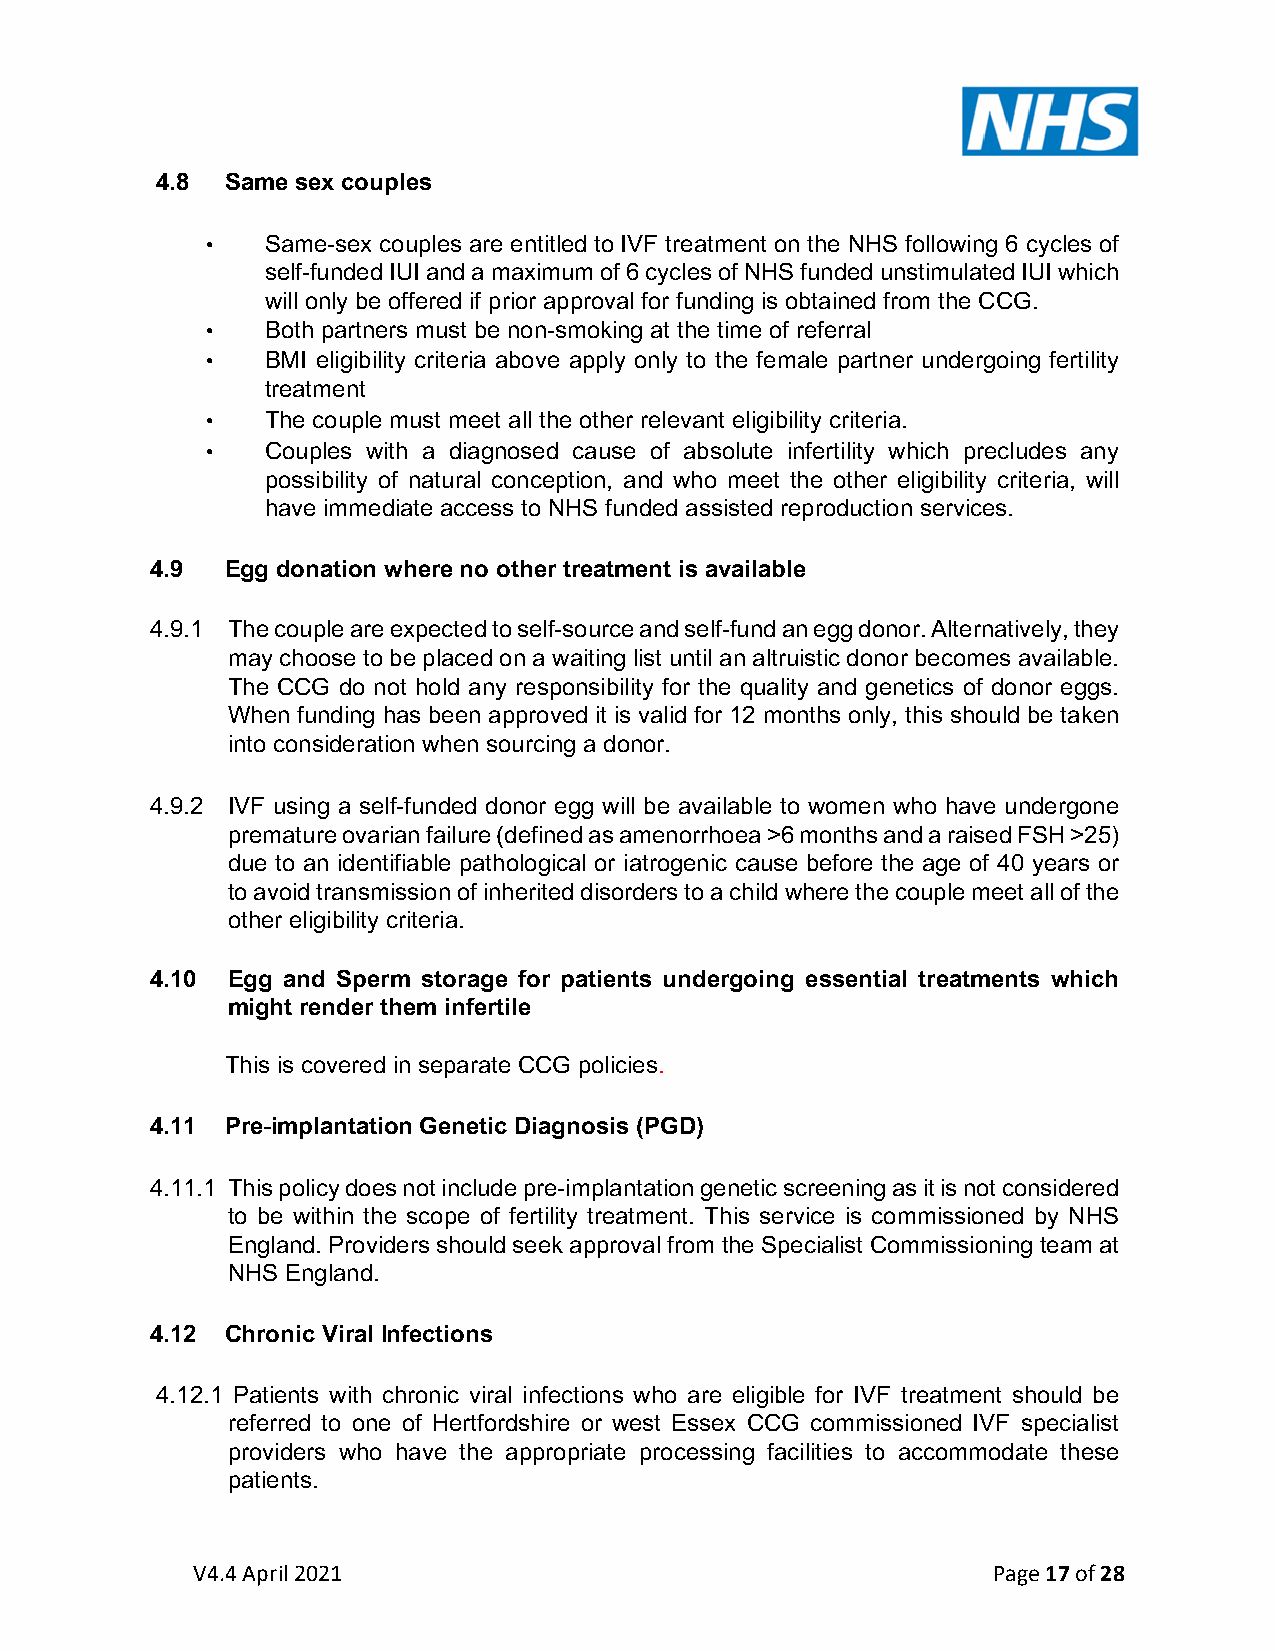
4.8  Same sex couples
 •   Same-sex couples are entitled to IVF treatment on the NHS following 6 cycles of
 self-funded IUI and a maximum of 6 cycles of NHS funded unstimulated IUI which
 will only be offered if prior approval for funding is obtained from the CCG.
 •   Both partners must be non-smoking at the time of referral
 •   BMI eligibility criteria above apply only to the female partner undergoing fertility
 treatment
 •   The couple must meet all the other relevant eligibility criteria.
 •   Couples with a diagnosed cause of absolute infertility which precludes any
 possibility of natural conception, and who meet the other eligibility criteria, will
 have immediate access to NHS funded assisted reproduction services.
 4.9  Egg donation where no other treatment is available
 4.9.1 The couple are expected to self-source and self-fund an egg donor. Alternatively, they
 may choose to be placed on a waiting list until an altruistic donor becomes available.
 The CCG do not hold any responsibility for the quality and genetics of donor eggs.
 When funding has been approved it is valid for 12 months only, this should be taken
 into consideration when sourcing a donor.
 4.9.2 IVF using a self-funded donor egg will be available to women who have undergone
 premature ovarian failure (defined as amenorrhoea >6 months and a raised FSH >25)
 due to an identifiable pathological or iatrogenic cause before the age of 40 years or
 to avoid transmission of inherited disorders to a child where the couple meet all of the
 other eligibility criteria.
 4.10 Egg and Sperm storage for patients undergoing essential treatments which
 might render them infertile
 This is covered in separate CCG policies.
 4.11 Pre-implantation Genetic Diagnosis (PGD)
 4.11.1 This policy does not include pre-implantation genetic screening as it is not considered
 to be within the scope of fertility treatment. This service is commissioned by NHS
 England. Providers should seek approval from the Specialist Commissioning team at
 NHS England.
 4.12 Chronic Viral Infections
 4.12.1 Patients with chronic viral infections who are eligible for IVF treatment should be
 referred to one of Hertfordshire or west Essex CCG commissioned IVF specialist
 providers who have the appropriate processing facilities to accommodate these
 patients.
 V4.4 April 2021                                      Page 17 of 28